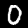
Label: 0